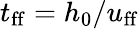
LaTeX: t_{\mathrm{ff}}=h_{0}/u_{\mathrm{ff}}